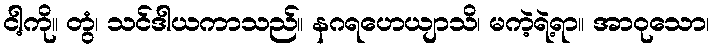
ငါ့ကို။ တွံ၊ သင်ဒါယကာသည်။ နဂရဟေယျာသိ၊ မကဲ့ရဲ့ရာ။ အာဝုသော၊